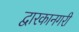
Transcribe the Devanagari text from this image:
द्वारकानगरी